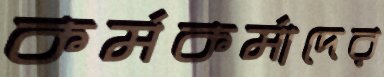
কর্মকর্মাদের